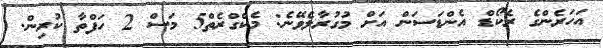
އަހަރެންގެ ރެކޯޑް އެންޑަަސަން އަށް މުގުރާލެވޭނެ: މެކްގްރެތް5 މަސް 2 ހަފްތާ ކުރިން.